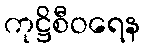
ကုဋ္ဌိစီဝရေန